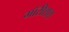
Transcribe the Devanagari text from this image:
मॉरीशश